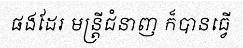
ផងដែរ មន្ត្រីជំនាញ ក៏បានធ្វើ